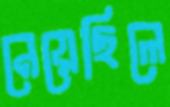
নেয়েছিলে